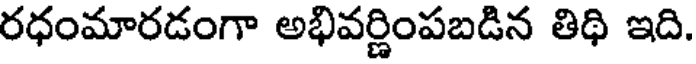
రధంమారడంగా అభివర్ణింపబడిన తిథి ఇది.